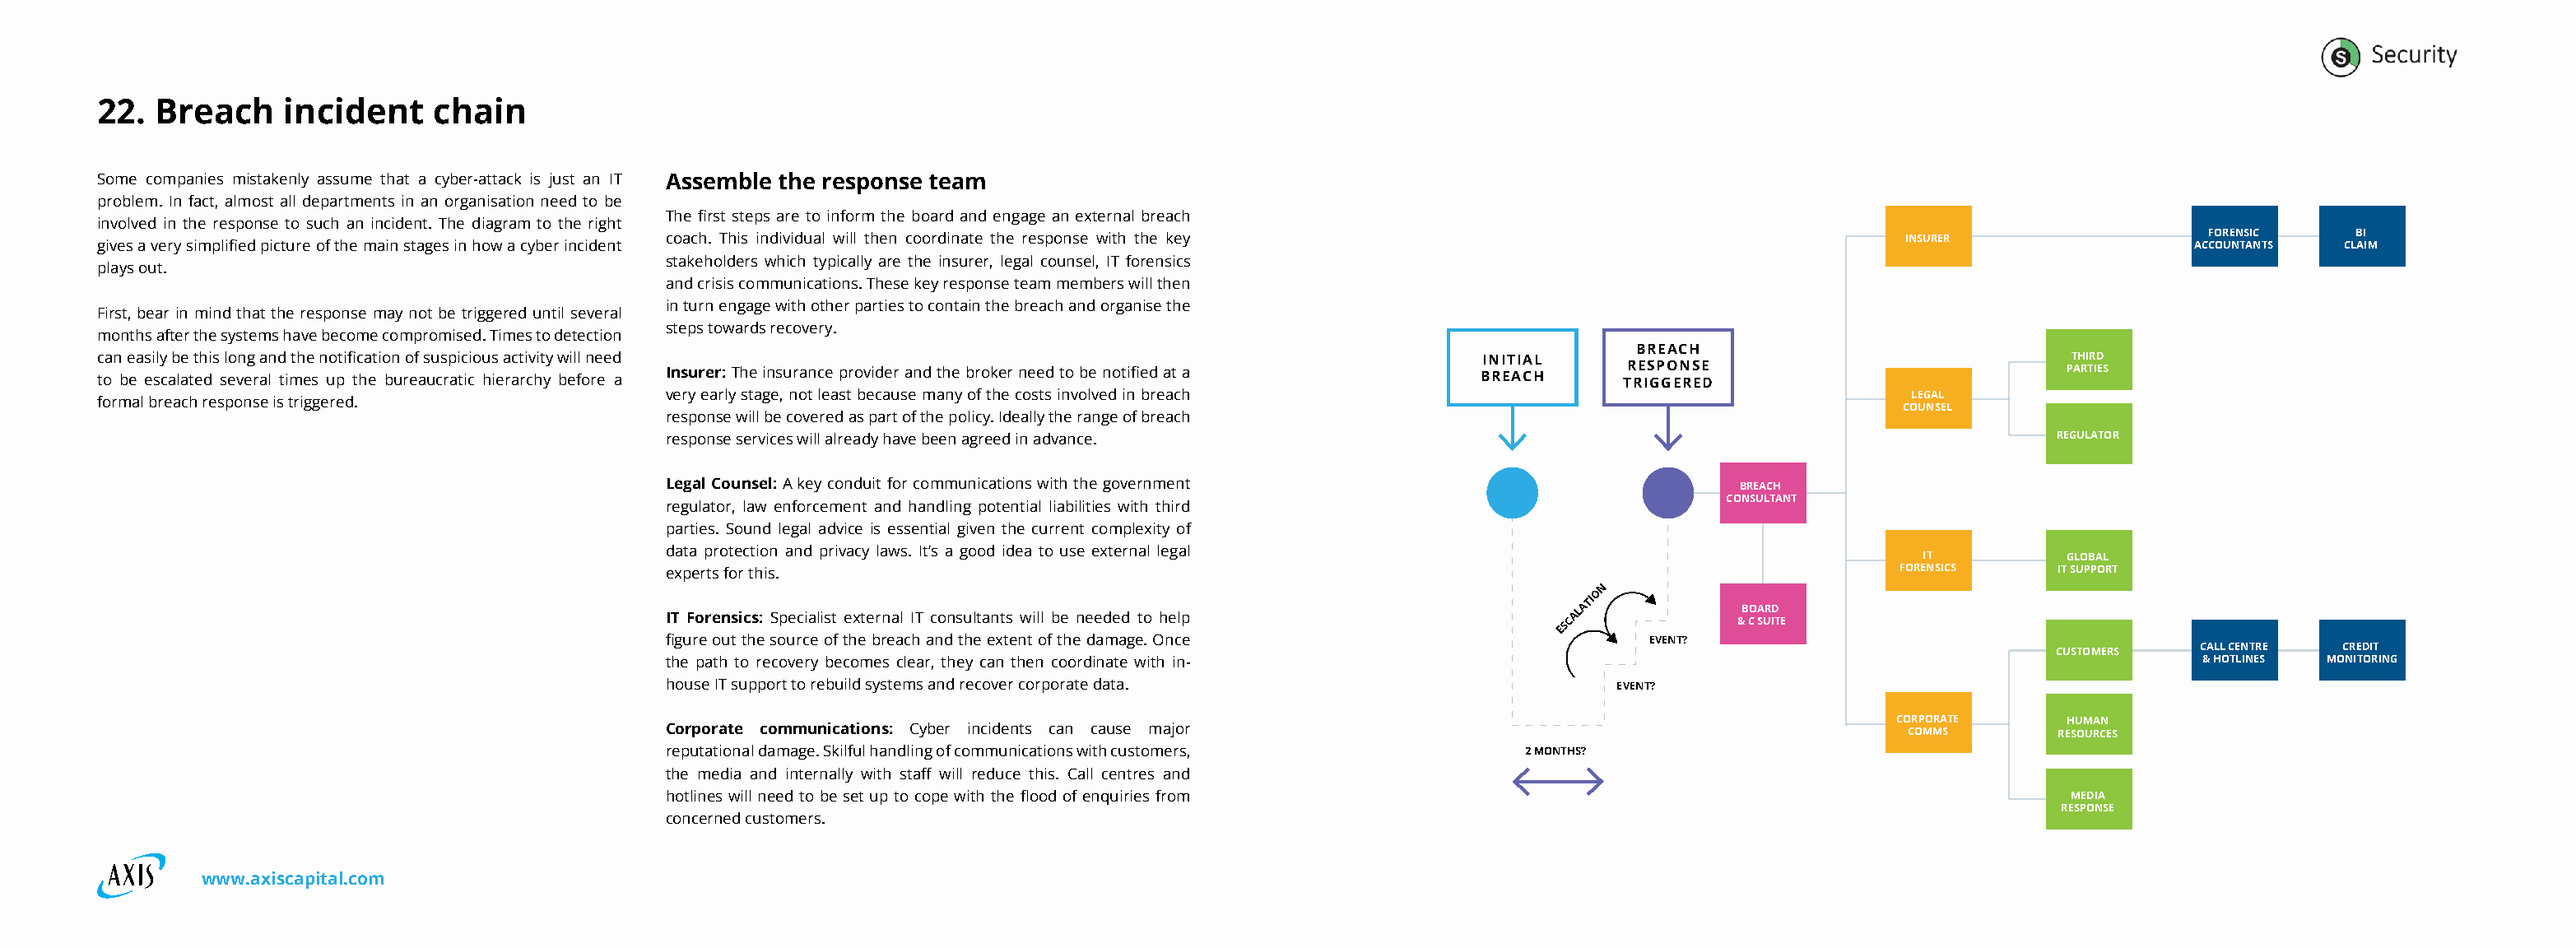
22. Breach     incident    chain
 Some companies mistakenly assume that a cyber-attack is just an IT Assemble the response team
 problem. In fact, almost all departments in an organisation need to be
 The first steps are to inform the board and engage an external breach
 involved in the response to such an incident. The diagram to the right
 coach. This individual will then coordinate the response with the key                              INSURER                  FORENSIC   BI
 gives a very simplified picture of the main stages in how a cyber incident                                                                                               ACCOUNTANTS CLAIM
 stakeholders which typically are the insurer, legal counsel, IT forensics
 plays out.
 and crisis communications. These key response team members will then
 in turn engage with other parties to contain the breach and organise the
 First, bear in mind that the response may not be triggered until several
 steps towards recovery.
 months after the systems have become compromised. Times to detection
 BREACH
 can easily be this long and the notification of suspicious activity will need                                  INITIAL                                         THIRD
 to be escalated several times up the bureaucratic hierarchy before a Insurer: The insurance provider and the broker need to be notified at a BREACH TR RE IS GP GO EN RS EE D PARTIES
 very early stage, not least because many of the costs involved in breach                            LEGAL
 formal breach response is triggered.
 COUNSEL
 response will be covered as part of the policy. Ideally the range of breach
 response services will already have been agreed in advance.                                                    REGULATOR
 Legal Counsel: A key conduit for communications with the government                   BREACH
 CONSULTANT
 regulator, law enforcement and handling potential liabilities with third
 parties. Sound legal advice is essential given the current complexity of
 data protection and privacy laws. It’s a good idea to use external legal
 IT         GLOBAL
 experts for this.                                                                                  FORENSICS    IT SUPPORT
 N
 O
 IT Forensics: Specialist external IT consultants will be needed to help
 ESCALATI
 &B CO A SUR ID
 T E
 figure out the source of the breach and the extent of the damage. Once         EVENT?
 CALL CENTRE CREDIT
 CUSTOMERS
 the path to recovery becomes clear, they can then coordinate with in-                                                      & HOTLINES MONITORING
 house IT support to rebuild systems and recover corporate data.             EVENT?
 CORPORATE    HUMAN
 Corporate communications: Cyber incidents can cause major                                          COMMS        RESOURCES
 reputational damage. Skilful handling of communications with customers, 2 MONTHS?
 the media and internally with staff will reduce this. Call centres and
 hotlines will need to be set up to cope with the flood of enquiries from                                         MEDIA
 RESPONSE
 concerned customers.
 www.axiscapital.com